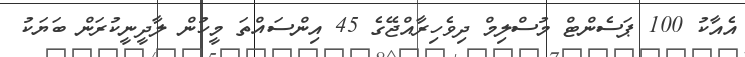
އެއާކު 100 ޕަސެންޓް މުސްލިމް ދިވެހިރާއްޖޭގެ 45 އިންސައްތަ މީހުން ލާދީނީކުރަން ބަޔަކު